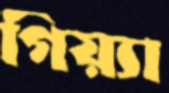
গিয়্যা